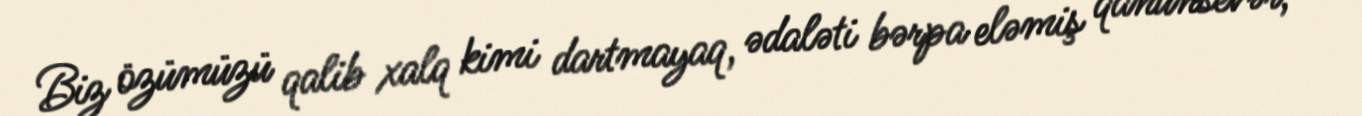
Biz özümüzü qalib xalq kimi dartmayaq, ədaləti bərpa eləmiş qanunsevər,